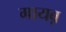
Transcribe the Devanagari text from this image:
गायब़